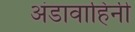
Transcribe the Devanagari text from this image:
अंडावाहिनी